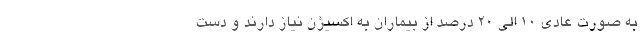
به صورت عادی ۱۰ الی ۲۰ درصد از بیماران به اکسیژن نیاز دارند و دست